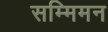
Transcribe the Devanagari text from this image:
सम्मिमन